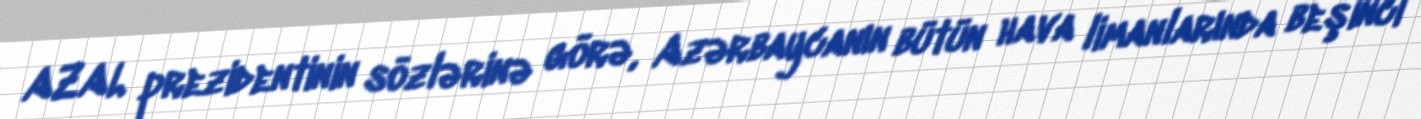
AZAL prezidentinin sözlərinə görə, Azərbaycanın bütün hava limanlarında beşinci